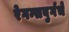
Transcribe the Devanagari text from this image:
रेगन्सबुर्गचे